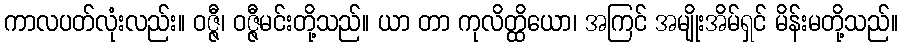
ကာလပတ်လုံးလည်း။ ဝဇ္ဇီ၊ ဝဇ္ဇီမင်းတို့သည်။ ယာ တာ ကုလိတ္ထိယော၊ အကြင် အမျိုးအိမ်ရှင် မိန်းမတို့သည်။